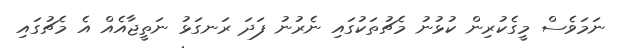
ނަމަވެސް މީގެކުރިން ކުޅުނު މެޗުތަކުގައި ނެރުނު ފަދަ ރަނގަޅު ނަތީޖާއެއް އެ މެޗުގައި